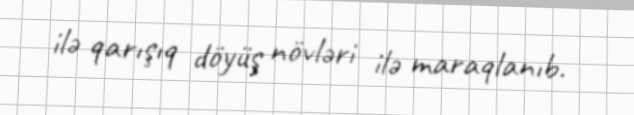
ilə qarışıq döyüş növləri ilə maraqlanıb.